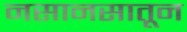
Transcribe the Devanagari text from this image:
नसानसातून